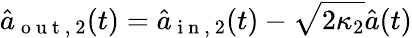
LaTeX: \hat{a}_{\mathrm{~o~u~t~,~}2}(t)=\hat{a}_{\mathrm{~i~n~,~}2}(t)-\sqrt{2\kappa_{2}}\hat{a}(t)